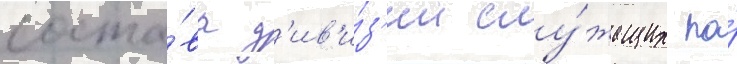
соста́ва д'ив'и́з'ии слу́жащих по́